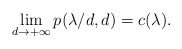
\begin{align*}\lim_{d\rightarrow+\infty}p(\lambda/d,d)=c(\lambda).\end{align*}